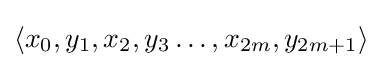
\langle x_{0},y_{1},x_{2},y_{3}\ldots ,x_{2m},y_{2m+1}\rangle